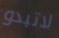
لاتبدو